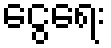
ငွေရေး